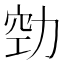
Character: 𭄲